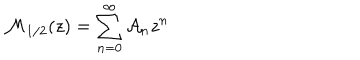
LaTeX: { \cal M } _ { 1 / 2 } ( z ) = \sum _ { n = 0 } ^ { \infty } { \cal A } _ { n } z ^ { n }